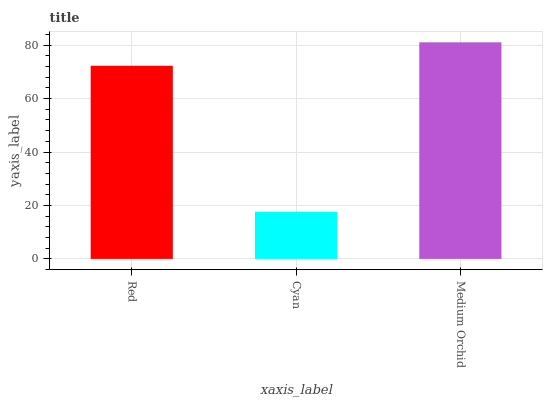
| xaxis_label | bars |
 | --- | --- |
 | Red | 72.3 |
 | Cyan | 17.7 |
 | Medium Orchid | 81.1 |